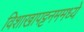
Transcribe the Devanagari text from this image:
विशाखापट्टनममध्ये